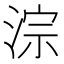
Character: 淙